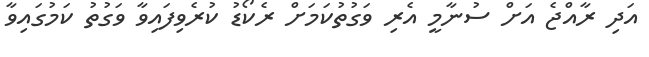
އަދި ރާއްޖެ އަށް ސުނާމީ އެރި ވަގުތުކަމަށް ރެކޯޑު ކުރެވިފައިވާ ވަގުތު ކަމުގައިވާ